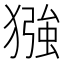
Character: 𪻈